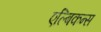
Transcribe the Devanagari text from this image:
एल्बिकन्स